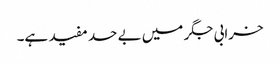
خرابی جگر میں بے حد مفید ہے۔